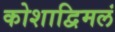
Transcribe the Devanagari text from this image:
कोशाद्विमलं